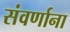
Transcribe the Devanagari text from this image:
संवर्णाना